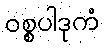
ဝစ္စပါဒုကံ